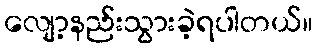
လျော့နည်းသွားခဲ့ရပါတယ်။